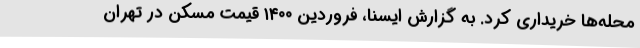
محله‌ها خریداری کرد. به گزارش ایسنا، فروردین ۱۴۰۰ قیمت مسکن در تهران